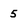
Character: 5